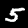
Digit: 5